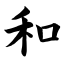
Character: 和